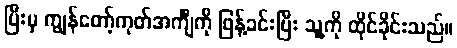
ပြီးမှ ကျွန်တော့်ကုတ်အင်္ကျီကို ဖြန့်ခင်းပြီး သူ့ကို ထိုင်ခိုင်းသည်။